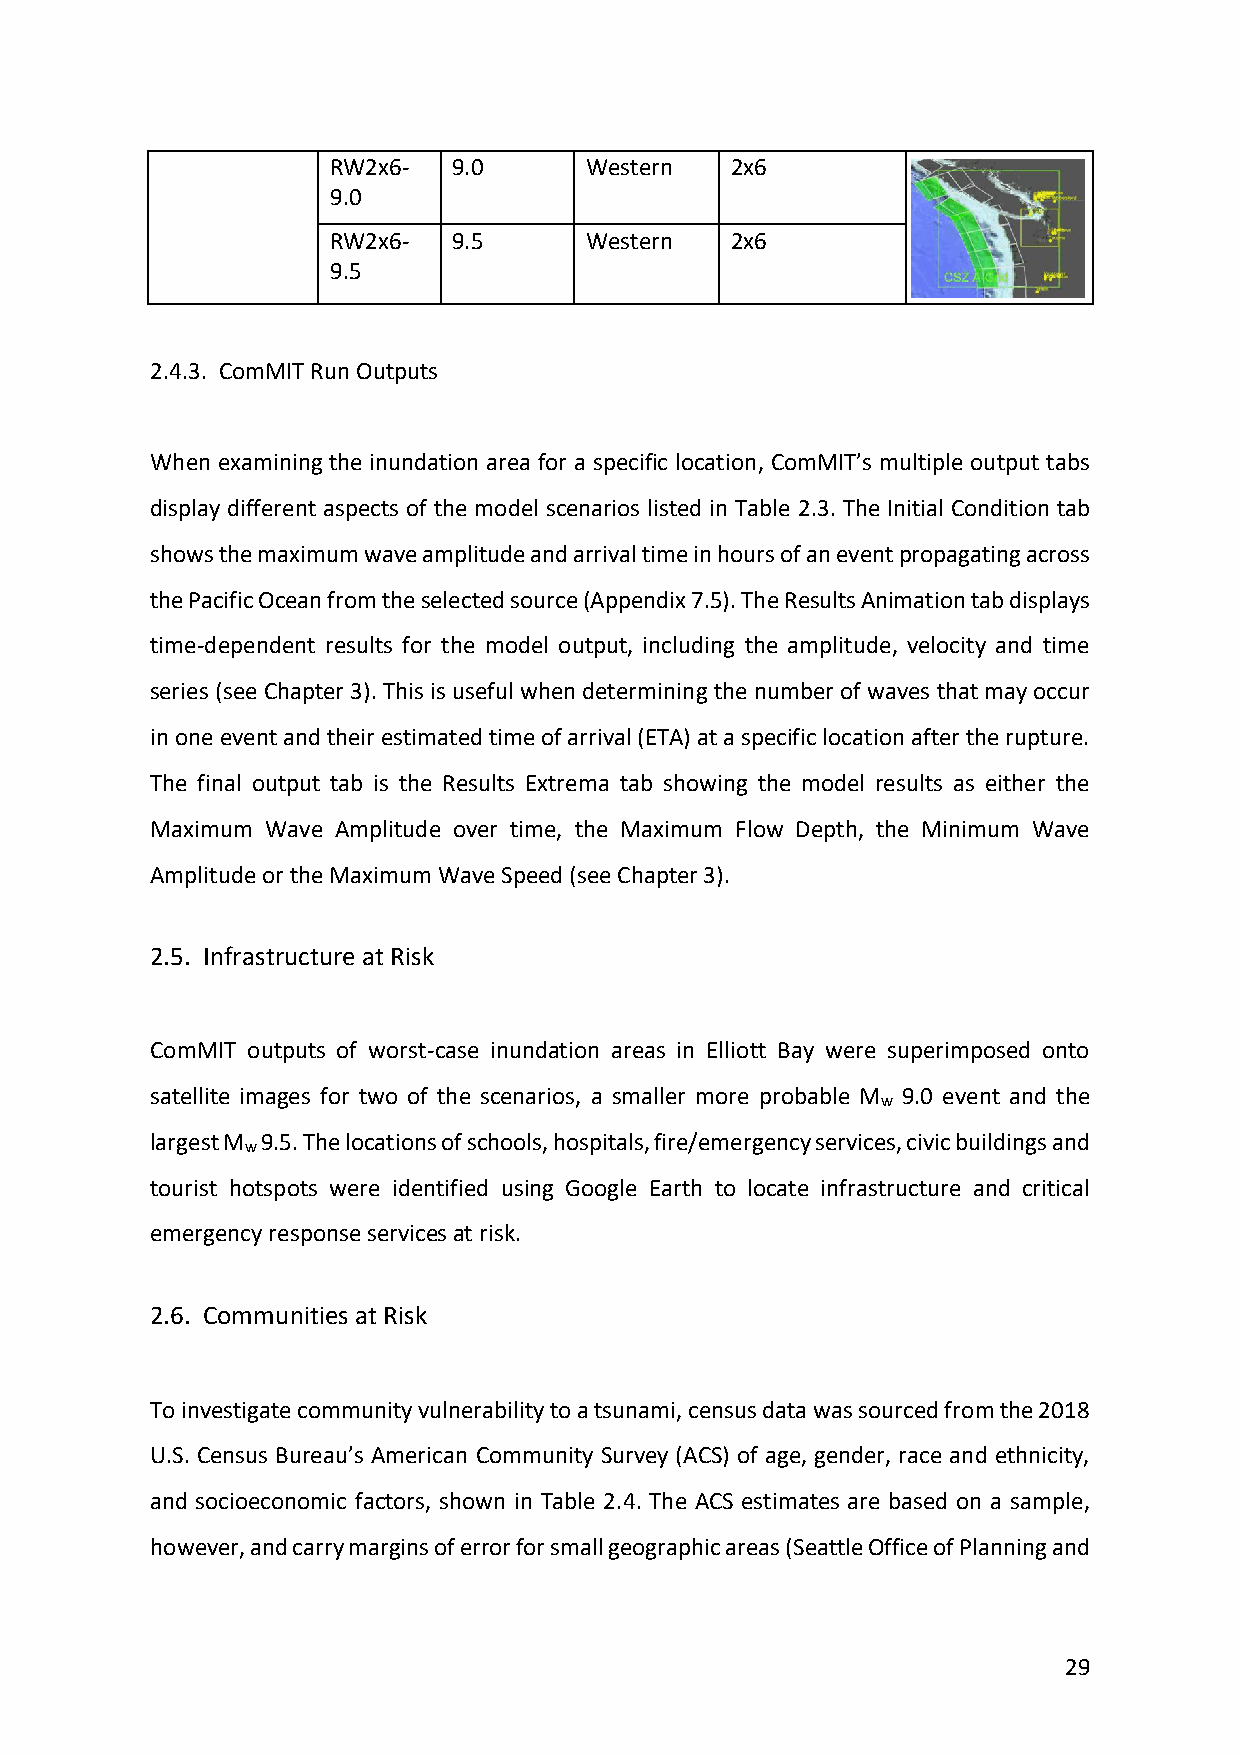
RW2x6-  9.0      Western  2x6
 9.0
 RW2x6-  9.5      Western  2x6
 9.5
 2.4.3. ComMIT Run Outputs
 When examining the inundation area for a specific location, ComMIT’s multiple output tabs
 display different aspects of the model scenarios listed in Table 2.3. The Initial Condition tab
 shows the maximum wave amplitude and arrival time in hours of an event propagating across
 the Pacific Ocean from the selected source (Appendix 7.5). The Results Animation tab displays
 time-dependent results for the model output, including the amplitude, velocity and time
 series (see Chapter 3). This is useful when determining the number of waves that may occur
 in one event and their estimated time of arrival (ETA) at a specific location after the rupture.
 The final output tab is the Results Extrema tab showing the model results as either the
 Maximum Wave Amplitude over time, the Maximum Flow Depth, the Minimum Wave
 Amplitude or the Maximum Wave Speed (see Chapter 3).
 2.5. Infrastructure at Risk
 ComMIT outputs of worst-case inundation areas in Elliott Bay were superimposed onto
 satellite images for two of the scenarios, a smaller more probable M 9.0 event and the
 w
 largest M 9.5. The locations of schools, hospitals, fire/emergency services, civic buildings and
 w
 tourist hotspots were identified using Google Earth to locate infrastructure and critical
 emergency response services at risk.
 2.6. Communities at Risk
 To investigate community vulnerability to a tsunami, census data was sourced from the 2018
 U.S. Census Bureau’s American Community Survey (ACS) of age, gender, race and ethnicity,
 and socioeconomic factors, shown in Table 2.4. The ACS estimates are based on a sample,
 however, and carry margins of error for small geographic areas (Seattle Office of Planning and
 29